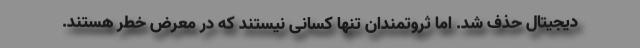
دیجیتال حذف شد. اما ثروتمندان تنها کسانی نیستند که در معرض خطر هستند.